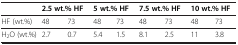
<table><thead><tr><td><b> </b></td><td colspan="2"><b>2.5 wt.% HF</b></td><td colspan="2"><b>5 wt.% HF</b></td><td colspan="2"><b>7.5 wt.% HF</b></td><td colspan="2"><b>10 wt.% HF</b></td></tr></thead><tbody><tr><td>HF (wt.%)</td><td>48</td><td>73</td><td>48</td><td>73</td><td>48</td><td>73</td><td>48</td><td>73</td></tr><tr><td>H<sub>2</sub>O (wt.%)</td><td>2.7</td><td>0.7</td><td>5.4</td><td>1.5</td><td>8.1</td><td>2.5</td><td>11</td><td>3.8</td></tr></tbody></table>